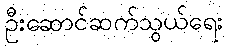
ဦးဆောင်ဆက်သွယ်ရေး